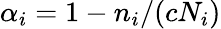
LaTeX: \alpha_{i}=1-n_{i}/(cN_{i})